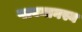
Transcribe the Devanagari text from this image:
प्लवमानस्य